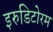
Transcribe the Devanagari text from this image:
इरुडिटोरम